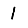
Digit: 1